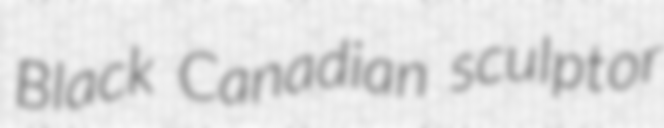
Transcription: Black Canadian sculptor